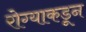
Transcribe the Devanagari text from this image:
रोग्याकडून